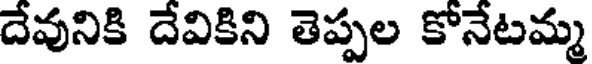
దేవునికి దేవికిని తెప్పల కోనేటమ్మ